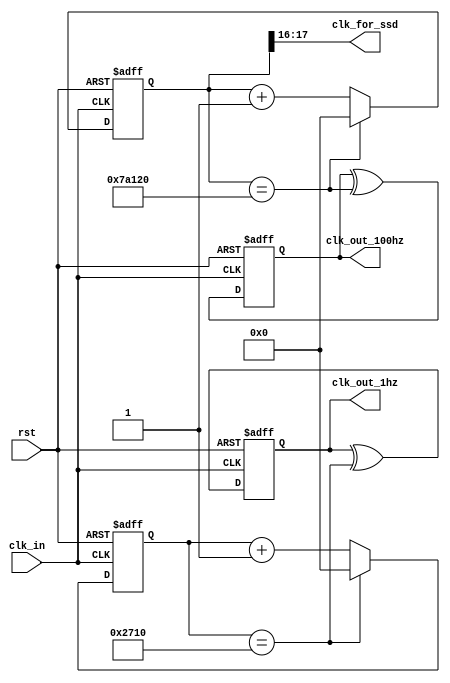
`timescale 1ns / 1ps
//////////////////////////////////////////////////////////////////////////////////
// Company: 
// Engineer: 
// 
// Design Name: 
// Module Name: frequency_divider_exact_1hz
// Project Name: 
// Target Devices: 
// Tool Versions: 
// Description: 
// 
// Dependencies: 
// 
// Revision:
// Revision 0.01 - File Created
// Additional Comments:
// 
//////////////////////////////////////////////////////////////////////////////////


module frequency_divider_exact_1hz(clk_in, rst, clk_out_1hz, clk_out_100hz, clk_for_ssd);
    // a counter-for-50M requires  26 bit
    input clk_in, rst;  //low active reset
    output clk_out_1hz, clk_out_100hz;
    output [1:0] clk_for_ssd;
    
    reg [25:0] p_temp;
    reg [25:0] p;
    reg [25:0] q_temp;
    reg [25:0] q;
    reg clk_out_1hz;
    reg clk_out_100hz;
    wire clk_out_1hz_next;
    wire clk_out_100hz_next;
    reg [1:0] clk_for_ssd;
    
    assign clk_out_1hz_next = clk_out_1hz ^ (p == 26'd10000);
    assign clk_out_100hz_next = clk_out_100hz ^ (q == 26'd500000);
    
    always @* begin
        clk_for_ssd[0] = q[16];
        clk_for_ssd[1] = q[17];
    end
    
    always @* begin
        if(p == 26'd10000) begin
            p_temp = 26'd0;
        end
        else begin
            p_temp = p + 1'b1;
        end
    end
    
    always @* begin
        if(q == 26'd500000) begin
            q_temp = 26'd0;
        end
        else begin
            q_temp = q + 1'b1;
        end
    end
    
    always @(posedge clk_in or negedge rst) begin
        if(~rst) begin
            p <= 26'd0;
        end
        else begin
            p <= p_temp;
        end      
    end
    
    always @(posedge clk_in or negedge rst) begin
        if(~rst) begin
            q <= 26'd0;
        end
        else begin
            q <= q_temp;
        end      
    end
    
    always @(posedge clk_in or negedge rst) begin
        if(~rst) begin
            clk_out_1hz <= 1'b0;
        end
        else begin
            clk_out_1hz <= clk_out_1hz_next;
        end
    end
    
    always @(posedge clk_in or negedge rst) begin
        if(~rst) begin
            clk_out_100hz <= 1'b0;
        end
        else begin
            clk_out_100hz <= clk_out_100hz_next;
        end
    end
    
endmodule